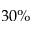
3 0 \%